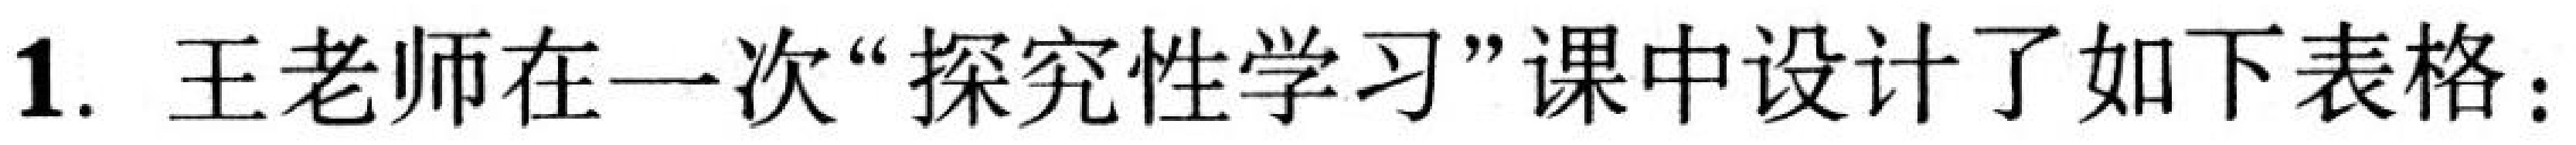
1. 王老师在一次“探究性学习”课中设计了如下表格：